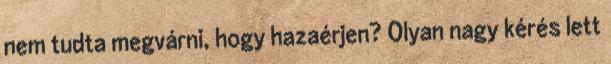
nem tudta megvárni, hogy hazaérjen? Olyan nagy kérés lett